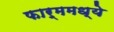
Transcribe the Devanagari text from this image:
फार्ममध्ये